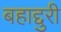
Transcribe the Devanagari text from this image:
बहाद्दुरी